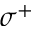
\sigma ^ { + }